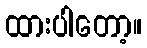
ထားပါတော့။